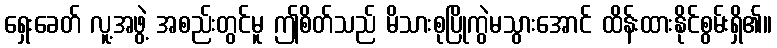
ရှေးခေတ် လူ့အဖွဲ့ အစည်းတွင်မူ ဤစိတ်သည် မိသားစုပြိုကွဲမသွားအောင် ထိန်းထားနိုင်စွမ်းရှိ၏။